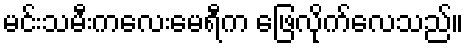
မင်းသမီးကလေးမေရီက ဖြေလိုက်လေသည်။